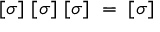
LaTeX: [ \sigma ] ~ [ \sigma ] ~ [ \sigma ] ~ = ~ [ \sigma ]